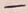
Text: -